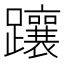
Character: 躟